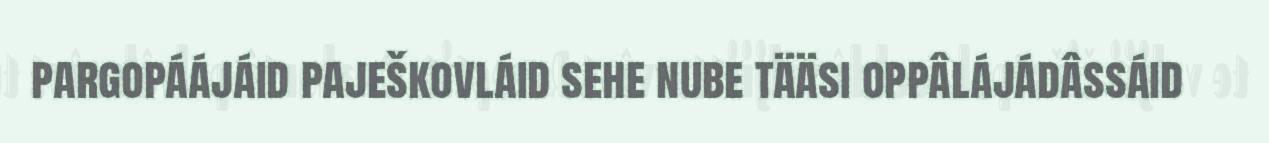
pargopáájáid paješkovláid sehe nube tääsi oppâlájádâssáid